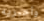
وأخبريه